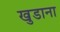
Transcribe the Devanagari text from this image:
खुडाना